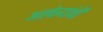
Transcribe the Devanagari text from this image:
आलेल्यांची